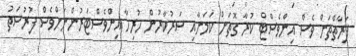
ފަރާތްތަށް ވެސް އިންވެސްޓް ކުރާ ގޮތަށް ކަމަށާއި ސަރުކާރުން ހުރިހާ އިންވެސްޓަރުންނަށްވެސް ފުރުސަތު